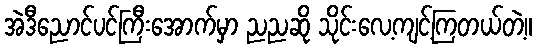
အဲဒီညောင်ပင်ကြီးအောက်မှာ ညညဆို သိုင်းလေ့ကျင့်ကြတယ်တဲ့။